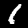
Label: 1